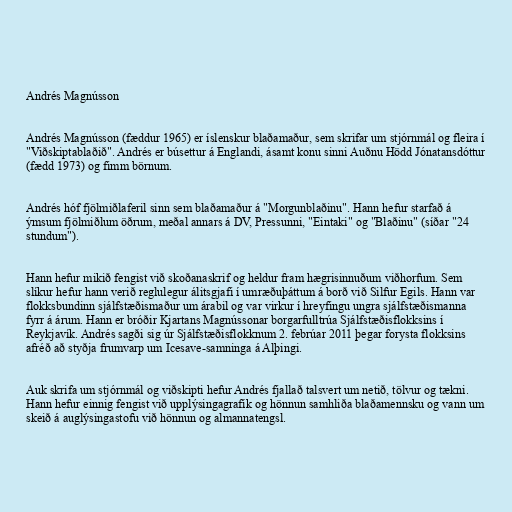
Andrés Magnússon

Andrés Magnússon (fæddur 1965) er íslenskur blaðamaður, sem skrifar um stjórnmál og fleira í
"Viðskiptablaðið". Andrés er búsettur á Englandi, ásamt konu sinni Auðnu Hödd Jónatansdóttur
(fædd 1973) og fimm börnum.

Andrés hóf fjölmiðlaferil sinn sem blaðamaður á "Morgunblaðinu". Hann hefur starfað á
ýmsum fjölmiðlum öðrum, meðal annars á DV, Pressunni, "Eintaki" og "Blaðinu" (síðar "24
stundum").

Hann hefur mikið fengist við skoðanaskrif og heldur fram hægrisinnuðum viðhorfum. Sem
slíkur hefur hann verið reglulegur álitsgjafi í umræðuþáttum á borð við Silfur Egils. Hann var
flokksbundinn sjálfstæðismaður um árabil og var virkur í hreyfingu ungra sjálfstæðismanna
fyrr á árum. Hann er bróðir Kjartans Magnússonar borgarfulltrúa Sjálfstæðisflokksins í
Reykjavík. Andrés sagði sig úr Sjálfstæðisflokknum 2. febrúar 2011 þegar forysta flokksins
afréð að styðja frumvarp um Icesave-samninga á Alþingi.

Auk skrifa um stjórnmál og viðskipti hefur Andrés fjallað talsvert um netið, tölvur og tækni.
Hann hefur einnig fengist við upplýsingagrafík og hönnun samhliða blaðamennsku og vann um
skeið á auglýsingastofu við hönnun og almannatengsl.